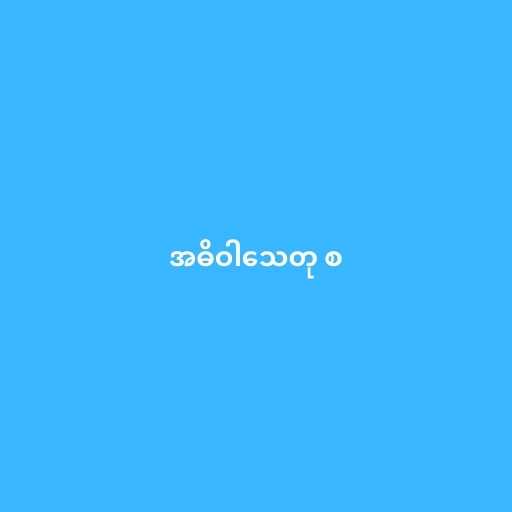
အဓိဝါသေတု စ